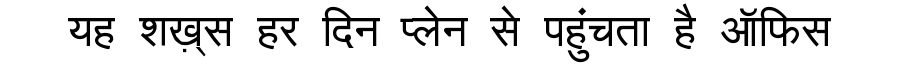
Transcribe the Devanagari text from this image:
यह शख़्स हर दिन प्लेन से पहुंचता है ऑफिस